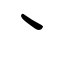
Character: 丶